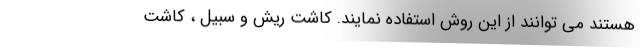
هستند می توانند از این روش استفاده نمایند. کاشت ریش و سبیل ، کاشت